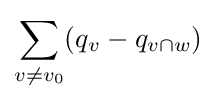
\sum _{v\neq v_{0}}(q_{v}-q_{v\cap w})